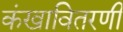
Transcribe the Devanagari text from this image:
कंखावितरणी